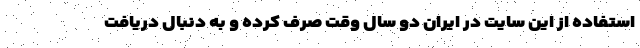
استفاده از این سایت در ایران دو سال وقت صرف کرده و به دنبال دریافت